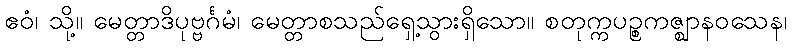
ဧဝံ၊ သို့။ မေတ္တာဒိပုဗ္ဗင်္ဂမံ၊ မေတ္တာစသည်ရှေ့သွားရှိသော။ စတုက္ကပဉ္စကဇ္ဈာနဝသေန၊